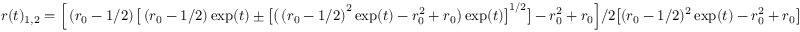
r ( t ) _ { 1 , 2 } = \Big [ \left( r _ { 0 } - 1 / 2 \right) \big [ \left( r _ { 0 } - 1 / 2 \right) \exp ( t ) \pm \big [ \big ( \left( r _ { 0 } - 1 / 2 \right) ^ { 2 } \exp ( t ) - r _ { 0 } ^ { 2 } + r _ { 0 } \big ) \exp ( t ) \big ] ^ { 1 / 2 } \big ] - r _ { 0 } ^ { 2 } + r _ { 0 } \Big ] / 2 \big [ ( r _ { 0 } - 1 / 2 ) ^ { 2 } \exp ( t ) - r _ { 0 } ^ { 2 } + r _ { 0 } \big ]